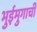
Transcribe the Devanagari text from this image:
भुईमुगाची